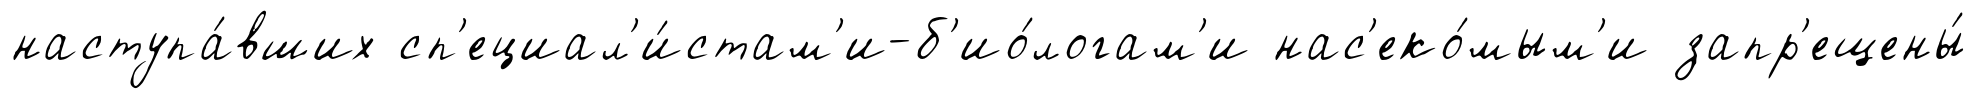
наступа́вших сп'ециал'и́стам'и-б'ио́логам'и нас'еко́мым'и запр'ещены́